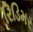
રિડિમર